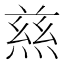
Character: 𭵝